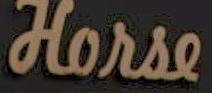
Horse